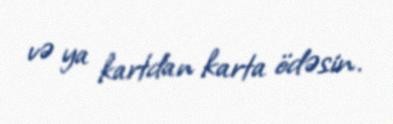
və ya kartdan karta ödəsin.